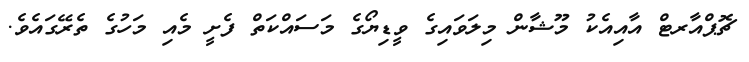
ޗޮޕްއާރޓް އާއިއެކު މޫޝާން މިލަވައިގެ ވީޑިޔޯގެ މަސައްކަތް ފެށީ މެއި މަހުގެ ތެރޭގައެވެ.